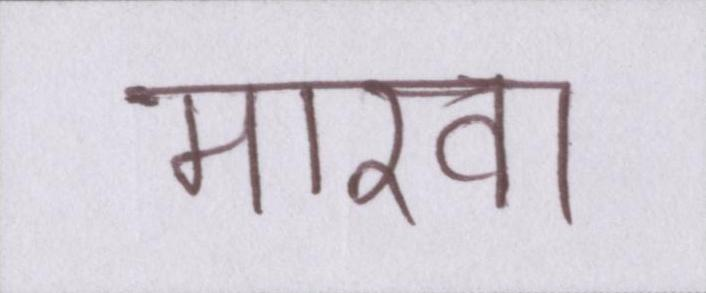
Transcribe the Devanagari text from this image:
मारवा